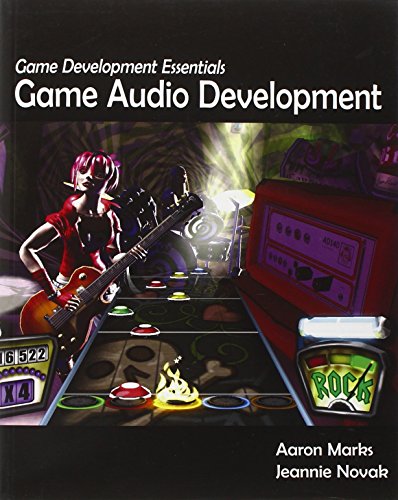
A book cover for Game Development Essentials: Game Audio Development; Aaron Marks Aaron Marks; Computers & Technology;